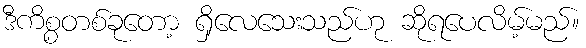
ဒီကိစ္စတစ်ခုတော့ ရှိလေသေးသည်ဟု ဆိုရပေလိမ့်မည်။